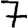
Digit: 7